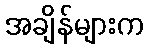
အချိန်များက